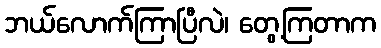
ဘယ်လောက်ကြာပြီလဲ၊ တွေ့ကြတာက